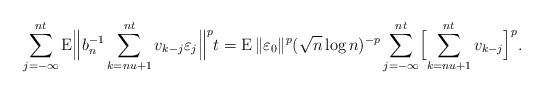
LaTeX: \begin{align*}\sum_{j=-\infty}^{nt}\operatorname E\Bigl\|b_n^{-1}\sum_{k=nu+1}^{nt}v_{k-j}\varepsilon_j\Bigr\|^pt=\operatorname E\|\varepsilon_0\|^p(\sqrt n\log n)^{-p}\sum_{j=-\infty}^{nt}\Bigl[\sum_{k=nu+1}^{nt}v_{k-j}\Bigr]^p.\end{align*}